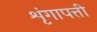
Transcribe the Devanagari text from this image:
शृंगापत्ती